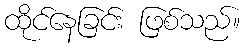
ထိုင်နေခြင်း ဖြစ်သည်။